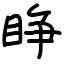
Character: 睁